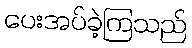
ပေးအပ်ခဲ့ကြသည်